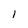
Character: I